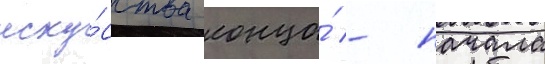
иску́сства конца́ - начала